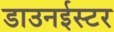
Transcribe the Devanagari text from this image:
डाउनईस्टर